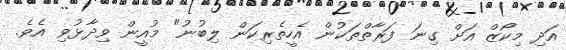
އަދި މިކޯޒް އަށް ގިނަ ފަރާތްތަކުން އެހީތެރިކަން ލިބުނު" މުއީން ވިދާޅުވި އެވެ.